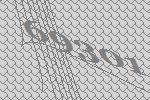
69301